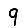
Digit: 9